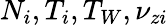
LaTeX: N_{i},T_{i},T_{W},\nu_{zi}